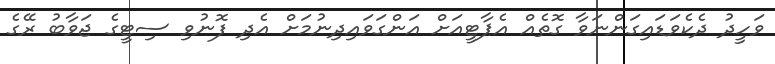
ވަހީދު ދެކެވަޑައިގަންނަވާ ގޮތެއް އެޕާޓީއަށް އަންގަވައިދިނުމަށް އެދި ފޮނުވި ސިޓީގެ ޖަވާބު ރޭގެ